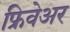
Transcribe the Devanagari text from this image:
फ्रिवेअर